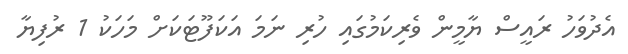
އެދުވަހު ރައީސް ޔާމީން ވެރިކަމުގައި ހުރި ނަމަ އަކަފޫޓަކަށް މަހަކު 1 ރުފިޔާ